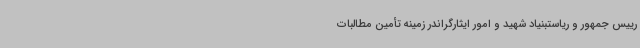
رییس جمهور و ریاستبنیاد شهید و امور ایثارگراندر زمینه تأمین مطالبات